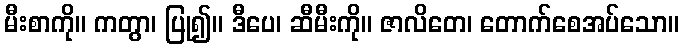
မီးစာကို။ ကတွာ၊ ပြု၍။ ဒီပေ၊ ဆီမီးကို။ ဇာလိတေ၊ တောက်စေအပ်သော။